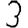
Digit: 3